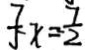
\frac { 7 } { 5 } x = \frac { 7 } { 2 }